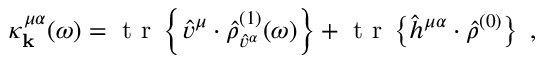
\kappa _ { \mathbf { k } } ^ { \mu \alpha } ( \omega ) = \mathrm { ~ t ~ r ~ } \left\{ \hat { v } ^ { \mu } \cdot \hat { \rho } _ { \hat { v } ^ { \alpha } } ^ { ( 1 ) } ( \omega ) \right\} + \mathrm { ~ t ~ r ~ } \left\{ \hat { h } ^ { \mu \alpha } \cdot \hat { \rho } ^ { ( 0 ) } \right\} \mathrm { ~ , ~ }